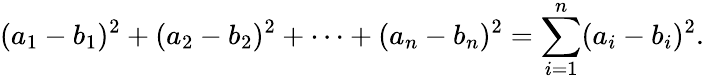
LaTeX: (a_{1}-b_{1})^{2}+(a_{2}-b_{2})^{2}+\cdots+(a_{n}-b_{n})^{2}=\sum_{i=1}^{n}(a_{i}-b_{i})^{2}.